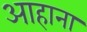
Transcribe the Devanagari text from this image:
आहाना